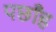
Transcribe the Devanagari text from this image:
पछाँह